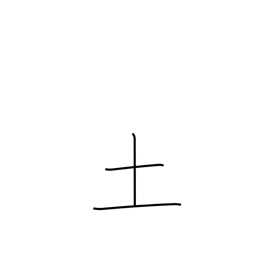
Meaning: soil